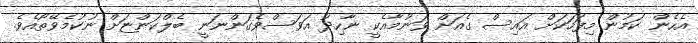
އެހެން ކަމުން މިފަހަކަށް އައިސް ގެއަށް ވަނުމާއެކީ ނާހިދު އަވަސްވެގަންނަނީ ބެލްކަންޏަށް ނުކުމެވޭތޯއެވެ.